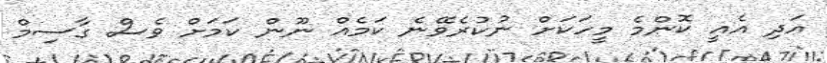
އަދި އެއީ ކޮންމެ މީހަކަށް ނުކުރެވޭނެ ކަމެއް ނޫން ކަމަށް ވެސް ގާސިމް